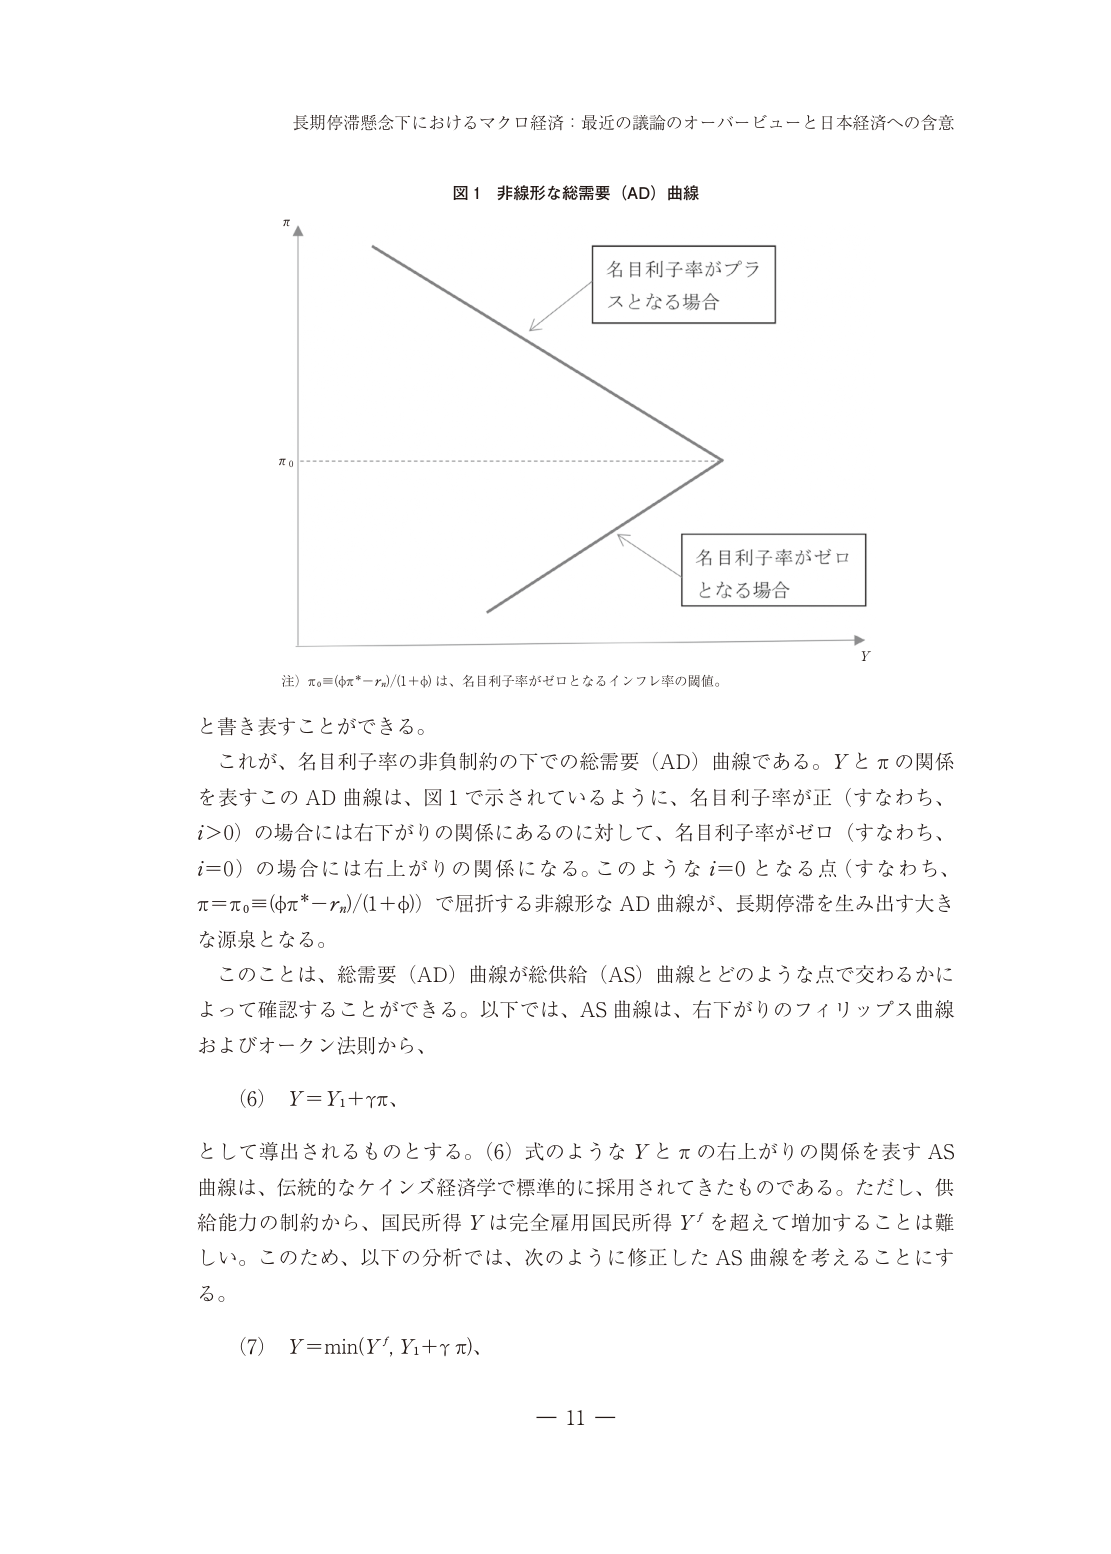
長期停滞懸念下におけるマクロ経済：最近の議論のオーバービューと日本経済への含意

図１ 非線形な総需要（AD）曲線

π